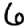
Digit: 6